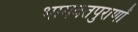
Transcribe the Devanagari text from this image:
भागवतपुराणों